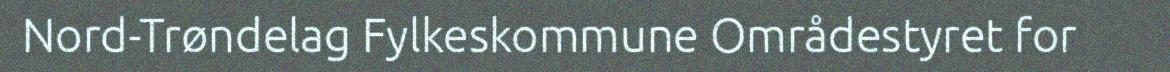
Nord-Trøndelag Fylkeskommune Områdestyret for